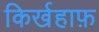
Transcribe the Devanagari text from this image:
किर्खहाफ़